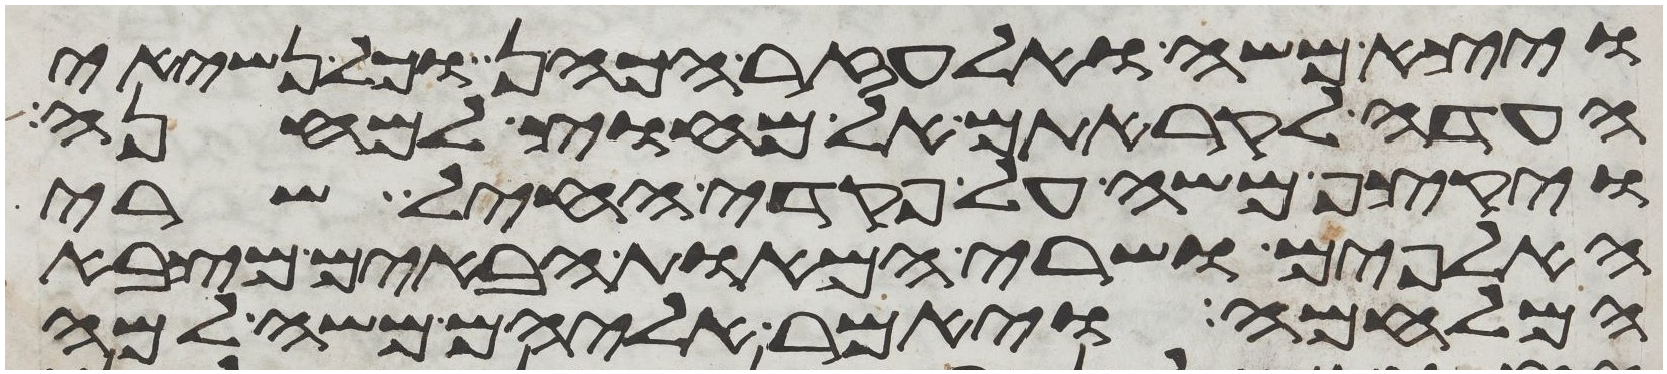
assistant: ויצא משה ואלעזר הכהן וכל נשיאי
העדה לקראתם אל מחוץ למחנה
ויקצף משה על פקדי החיל שרי
האלפים ושרי המאות הבאים מצבא
המלחמה ויאמר אליהם משה למה